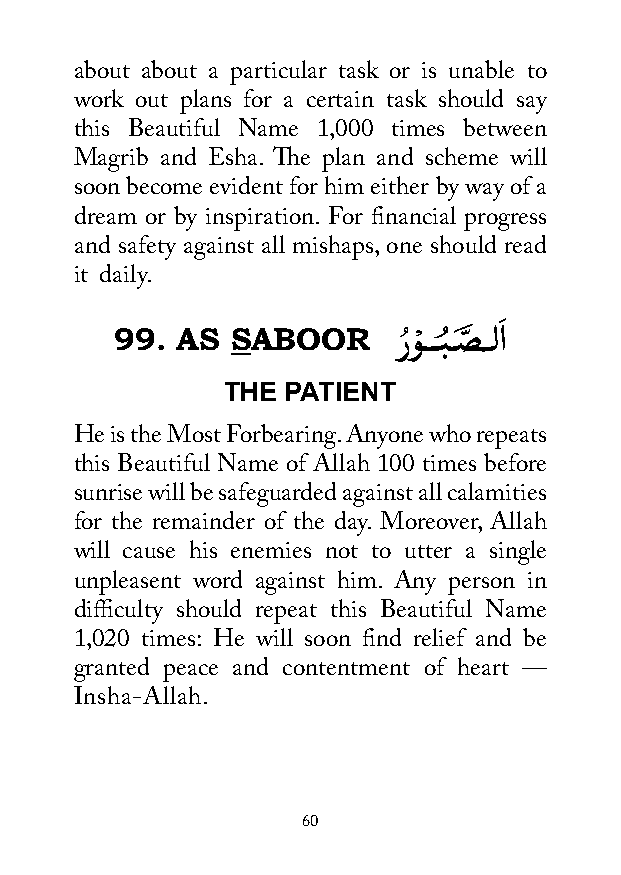
about about a particular task or is unable to
 work out plans for a certain task should say
 this Beautiful Name 1,000 times between
 Magrib and Esha. The plan and scheme will
 soon become evident for him either by way of a
 dream or by inspiration. For financial progress
 and safety against all mishaps, one should read
 it daily.
 َ
 99. AS SABOOR     رُوْ ـــبُ ـصَّ ــلا
 THE PATIENT
 He is the Most Forbearing. Anyone who repeats
 this Beautiful Name of Allah 100 times before
 sunrise will be safeguarded against all calamities
 for the remainder of the day. Moreover, Allah
 will cause his enemies not to utter a single
 unpleasent word against him. Any person in
 difficulty should repeat this Beautiful Name
 1,020 times: He will soon find relief and be
 granted peace and contentment of heart —
 Insha-Allah.
 60